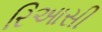
રિઆસી